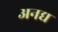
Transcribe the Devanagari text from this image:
अनद्य